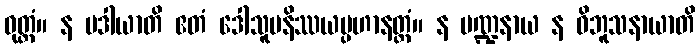
ဝုတ္တံ။ န မဒါယာတိ ဧတံ ဒေါသူပနိဿယပ္ပဟာနတ္ထံ။ န မဏ္ဍနာယ န ဝိဘူသနာယာတိ